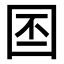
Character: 𪢩